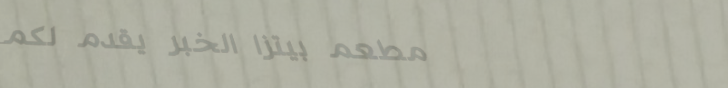
مطعم بيتزا الخبر يقدم لكم